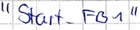
Text: "Start_FB1"